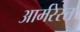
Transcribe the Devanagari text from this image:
आर्मरेस्त